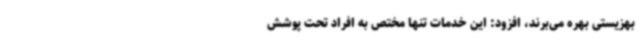
بهزیستی بهره می‌برند، افزود: این خدمات تنها مختص به افراد تحت پوشش